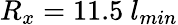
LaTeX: R_{x}=11.5~l_{min}